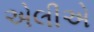
એલીએ